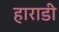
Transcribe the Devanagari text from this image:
हाराडी